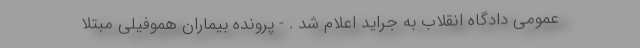
عمومی دادگاه انقلاب به جراید اعلام شد . - پرونده بیماران هموفیلی مبتلا